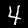
Digit: 4